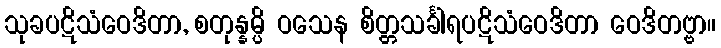
သုခပဋိသံဝေဒိတာ, စတုန္နမ္ပိ ဝသေန စိတ္တသင်္ခါရပဋိသံဝေဒိတာ ဝေဒိတဗ္ဗာ။